Annual report of the Civil Veterinary Department, Bengal, for the year 1897-98 - 1897-1898
Year: 1897
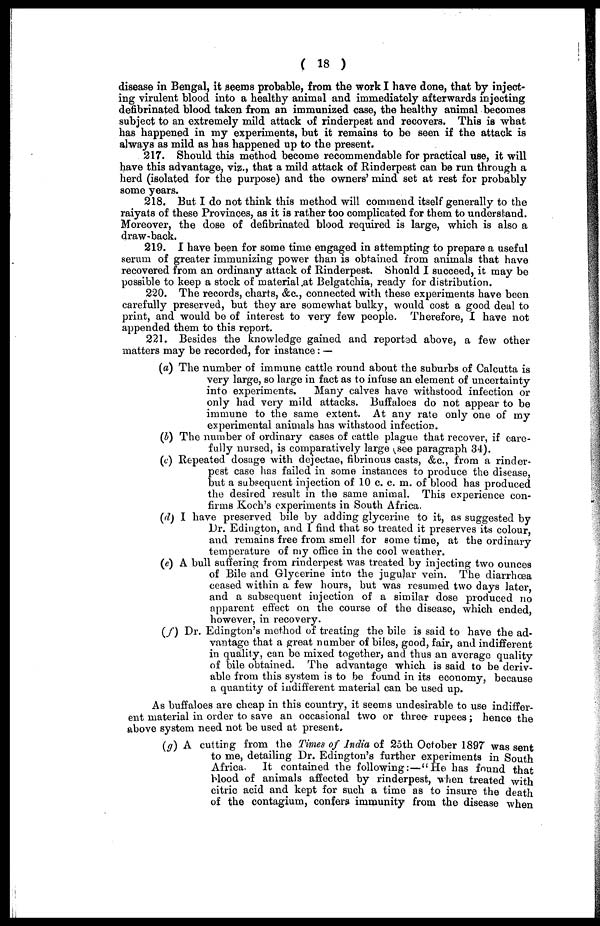
( 18 )
disease in Bengal, it seems probable, from the work I have done, that by inject-
ing virulent blood into a healthy animal and immediately afterwards injecting
defibrinated blood taken from an immunized case, the healthy animal becomes
subject to an extremely mild attack of rinderpest and recovers. This is what
has happened in my experiments, but it remains to be seen if the attack is
always as mild as has happened up to the present.
217. Should this method become recommendable for practical use, it will
have this advantage, viz., that a mild attack of Rinderpest can be run through a
herd (isolated for the purpose) and the owners' mind set at rest for probably
some years.
218. But I do not think this method will commend itself generally to the
raiyats of these Provinces, as it is rather too complicated for them to understand.
Moreover, the dose of defibrinated blood required is large, which is also a
draw-back.
219. I have been for some time engaged in attempting to prepare a useful
serum of greater immunizing power than is obtained from animals that have
recovered from an ordinany attack of Rinderpest. Should I succeed, it may bo
possible to keep a stock of material at Belgatchia, ready for distribution.
220. The records, charts, &c., connected with these experiments have been
carefully preserved, but they are somewhat bulky, would cost a good deal to
print, and would be of interest to very few people. Therefore, I have not
appended them to this report.
221. Besides the knowledge gained and reported above, a few other
matters may be recorded, for instance: —
(a) The number of immune cattle round about the suburbs of Calcutta is
very large, so large in fact as to infuse an element of uncertainty
into experiments.
Many calves have withstood infection or
only had very mild attacks. Buffaloes do not appear to be
immune to the same extent. At any rate only one of my
experimental animals has withstood infection.
(b) The number of ordinary cases of cattle plague that recover, if care-
fully nursed, is comparatively large see paragraph 34).
(c) Repeated dosage with dejectae, fibrinous casts, &c., from a rinder-
pest case has failed in some instances to produce the disease,
but a subsequent injection of 10 c. c. m. of blood has produced
the desired result in the same animal. This experience con-
firms Koch's experiments in South Africa.
(d) I have preserved bile by adding glycerine to it, as suggested by
Dr. Edington, and I find that so treated it preserves its colour,
and remains free from smell for some time, at the ordinary
temperature of my office in the cool weather.
(e) A bull suffering from rinderpest was treated by injecting two ounces
of Bile and Glycerine into the jugular vein. The diarrhœa
ceased within a few hours, but was resumed two days later,
and a subsequent injection of a similar dose produced no
apparent effect on the course of the disease, which ended,
however, in recovery.
(f) Dr. Edington's method of treating the bile is said to have the ad-
vantage that a great number of biles, good, fair, and indifferent
in quality, can bo mixed together, and thus an average quality
of bile obtained. The advantage which is said to be deriv-
able from this system is to be found in its economy, because
a quantity of indifferent material can be used up.
As buffaloes are cheap in this country, it seems undesirable to use indiffer-
ent material in order to save an occasional two or three rupees; hence the
above system need not be used at present.
(g) A cutting from the Times of India of 25th October 1897 was sent
to me, detailing Dr. Edington's further experiments in South
Africa.
It contained the following:—"He has found that
blood of animals affected by rinderpest, when treated with
citric acid and kept for such a time as to insure the death
of the contagium, confers immunity from the disease when